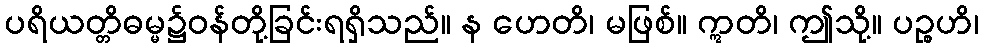
ပရိယတ္တိဓမ္မ၌ဝန်တို့ခြင်းရရှိသည်။ န ဟေတိ၊ မဖြစ်။ ဣတိ၊ ဤသို့။ ပဉ္စဟိ၊